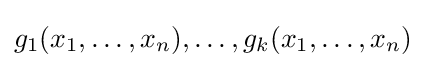
g_{1}(x_{1},\dots ,x_{n}),\dots ,g_{k}(x_{1},\dots ,x_{n})